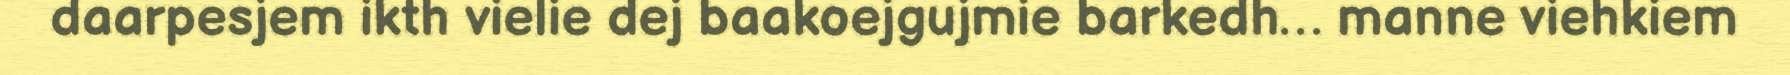
daarpesjem ikth vielie dej baakoejgujmie barkedh… manne viehkiem